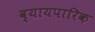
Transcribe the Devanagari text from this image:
व्यायपारिक